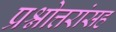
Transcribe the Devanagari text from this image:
प्रश्नोत्तरांसह